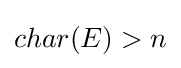
char(E)>n